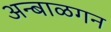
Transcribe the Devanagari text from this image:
अन्बाळगन